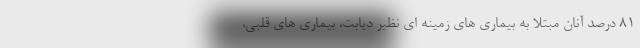
۸۱ درصد آنان مبتلا به بیماری های زمینه ای نظیر دیابت، بیماری های قلبی،